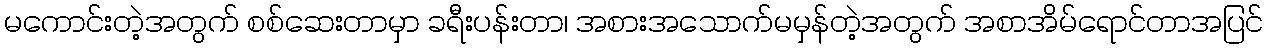
မကောင်းတဲ့အတွက် စစ်ဆေးတာမှာ ခရီးပန်းတာ၊ အစားအသောက်မမှန်တဲ့အတွက် အစာအိမ်ရောင်တာအပြင်